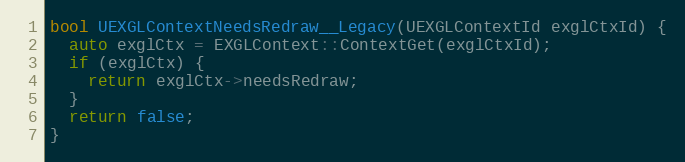
Language: C++
bool UEXGLContextNeedsRedraw__Legacy(UEXGLContextId exglCtxId) {
  auto exglCtx = EXGLContext::ContextGet(exglCtxId);
  if (exglCtx) {
    return exglCtx->needsRedraw;
  }
  return false;
}